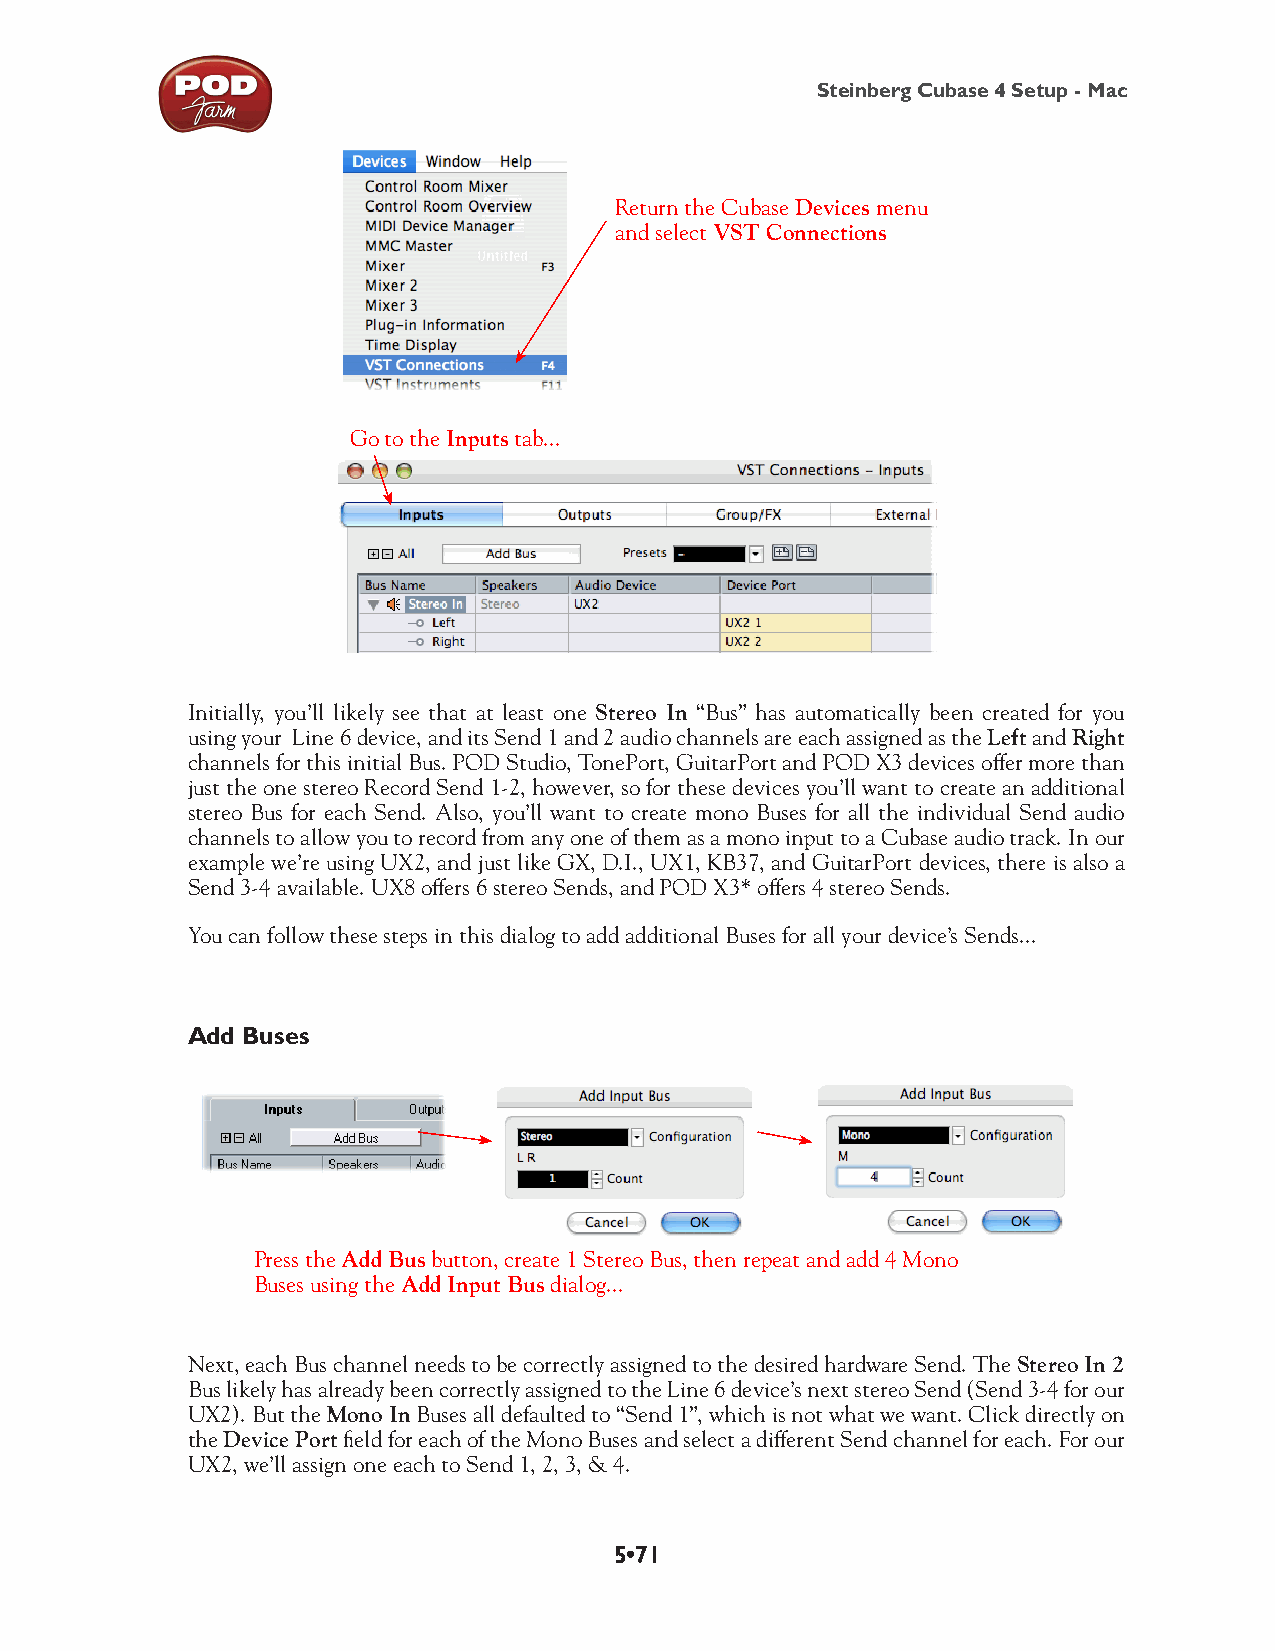
Steinberg Cubase 4 Setup - Mac
 Return the Cubase Devices menu
 and select VST Connections
 Go to the Inputs tab...
 Initially, you’ll likely see that at least one Stereo In “Bus” has automatically been created for you
 using your Line 6 device, and its Send 1 and 2 audio channels are each assigned as the Left and Right
 channels for this initial Bus. POD Studio, TonePort, GuitarPort and POD X3 devices offer more than
 just the one stereo Record Send 1-2, however, so for these devices you’ll want to create an additional
 stereo Bus for each Send. Also, you’ll want to create mono Buses for all the individual Send audio
 channels to allow you to record from any one of them as a mono input to a Cubase audio track. In our
 example we’re using UX2, and just like GX, D.I., UX1, KB37, and GuitarPort devices, there is also a
 Send 3-4 available. UX8 offers 6 stereo Sends, and POD X3* offers 4 stereo Sends.
 You can follow these steps in this dialog to add additional Buses for all your device’s Sends...
 Add Buses
 Press the Add Bus button, create 1 Stereo Bus, then repeat and add 4 Mono
 Buses using the Add Input Bus dialog...
 Next, each Bus channel needs to be correctly assigned to the desired hardware Send. The Stereo In 2
 Bus likely has already been correctly assigned to the Line 6 device’s next stereo Send (Send 3-4 for our
 UX2). But the Mono In Buses all defaulted to “Send 1”, which is not what we want. Click directly on
 the Device Port field for each of the Mono Buses and select a different Send channel for each. For our
 UX2, we’ll assign one each to Send 1, 2, 3, & 4.
 5•71